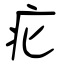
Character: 疕